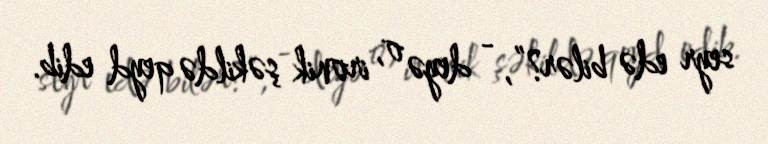
seyr edə bilər?”, - deyə o, ironik şəkildə qeyd edib.